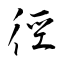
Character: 徑